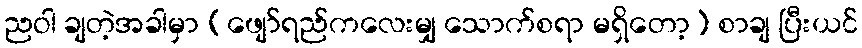
ညဝါ ချတဲ့အခါမှာ (ဖျော်ရည်ကလေးမျှ သောက်စရာ မရှိတော့) စာချ ပြီးယင်